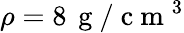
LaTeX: \rho=8\, \mathrm{~g~}/\mathrm{~c~m~}^{3}